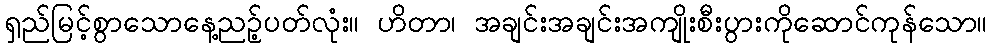
ရှည်မြင့်စွာသောနေ့ညဉ့်ပတ်လုံး။ ဟိတာ၊ အချင်းအချင်းအကျိုးစီးပွားကိုဆောင်ကုန်သော။